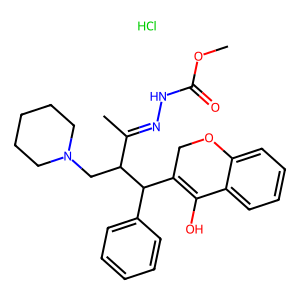
SMILES: COC(=O)NN=C(C)C(CN1CCCCC1)C(C1=C(O)c2ccccc2OC1)c1ccccc1.Cl
Inhibits HIV replication: No